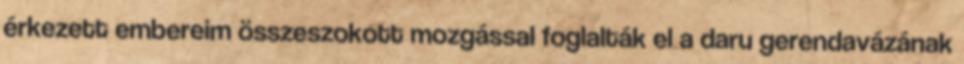
érkezett embereim összeszokott mozgással foglalták el a daru gerendavázának